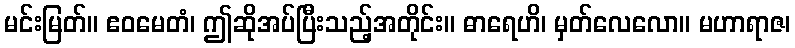
မင်းမြတ်။ ဧဝမေတံ၊ ဤဆိုအပ်ပြီးသည့်အတိုင်း။ ဓာရေဟိ၊ မှတ်လေလော။ မဟာရာဇ၊